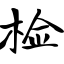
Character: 检